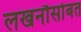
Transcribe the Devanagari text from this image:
लखनौसोबत